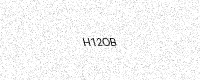
Text: H12OB